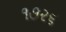
૧૭૨૬